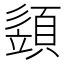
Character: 𩓣